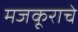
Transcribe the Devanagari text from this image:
मजकूराचे